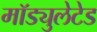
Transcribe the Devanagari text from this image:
मॉड्युलेटेड